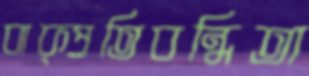
বাক্প্রতিবন্ধিতা